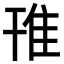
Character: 䧲